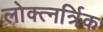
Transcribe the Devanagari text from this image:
लोक्त्नर्त्रिक